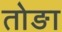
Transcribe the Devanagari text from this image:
तोङा